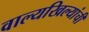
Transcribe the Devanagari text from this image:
वाल्यखिल्यांची